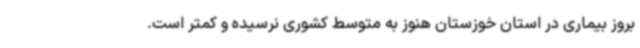
بروز بیماری در استان خوزستان هنوز به متوسط کشوری نرسیده و کمتر است.